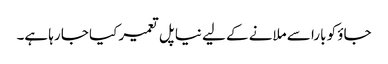
جاؤ کو بارا سے ملانے کے لیے نیا پل تعمیر کیا جا رہا ہے۔